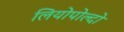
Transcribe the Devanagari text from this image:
लियोपोल्दो